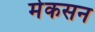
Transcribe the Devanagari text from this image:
मेकसन